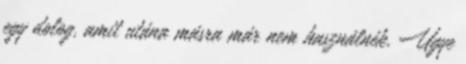
egy dolog, amit utána másra már nem használnék. Ugye